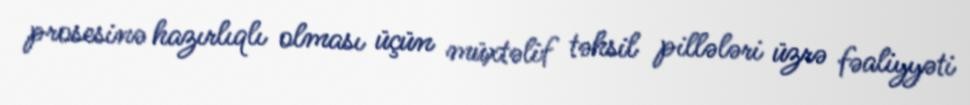
prosesinə hazırlıqlı olması üçün müxtəlif təhsil pillələri üzrə fəaliyyəti